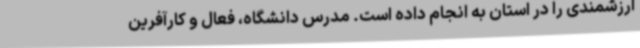
ارزشمندی را در استان به انجام داده است. مدرس دانشگاه، فعال و کارآفرین